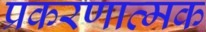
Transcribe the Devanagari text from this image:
प्रकरणात्मक